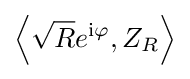
\left\langle {\sqrt {R}}e^{\mathrm {i} \varphi },Z_{R}\right\rangle